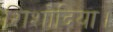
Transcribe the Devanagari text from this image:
शिशोदिया।